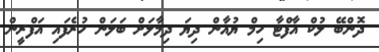
ދޮންބޭ ލުކް އާފްޓާ ހިމް ޔުއާން ދިޔަ ދިމާލަށް ބަލަން ހުރެފައި އަފްރީން